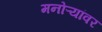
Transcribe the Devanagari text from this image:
मनोऱ्यांवर